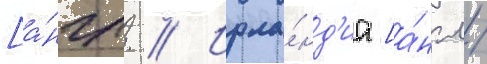
[а́нгл. // Ирла́нд'иа [а́нгл.